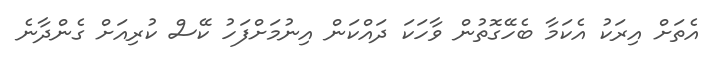
އެތަށް އިރަކު އެކަމާ ބެހޭގޮތުން ވާހަކަ ދައްކަން އިނުމަށްފަހު ކޭސް ކުރިއަށް ގެންދާނެ